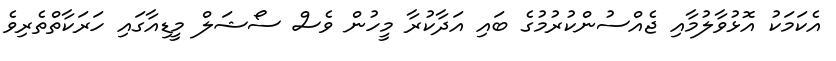
އެކަމަކު އޮޅުވާލުމާއި ޖެއްސުންކުރުމުގެ ބައި އަދާކުރާ މީހުން ވެސް ސޯޝަލް މީޑިއާގައި ހަރަކާތްތެރިވެ